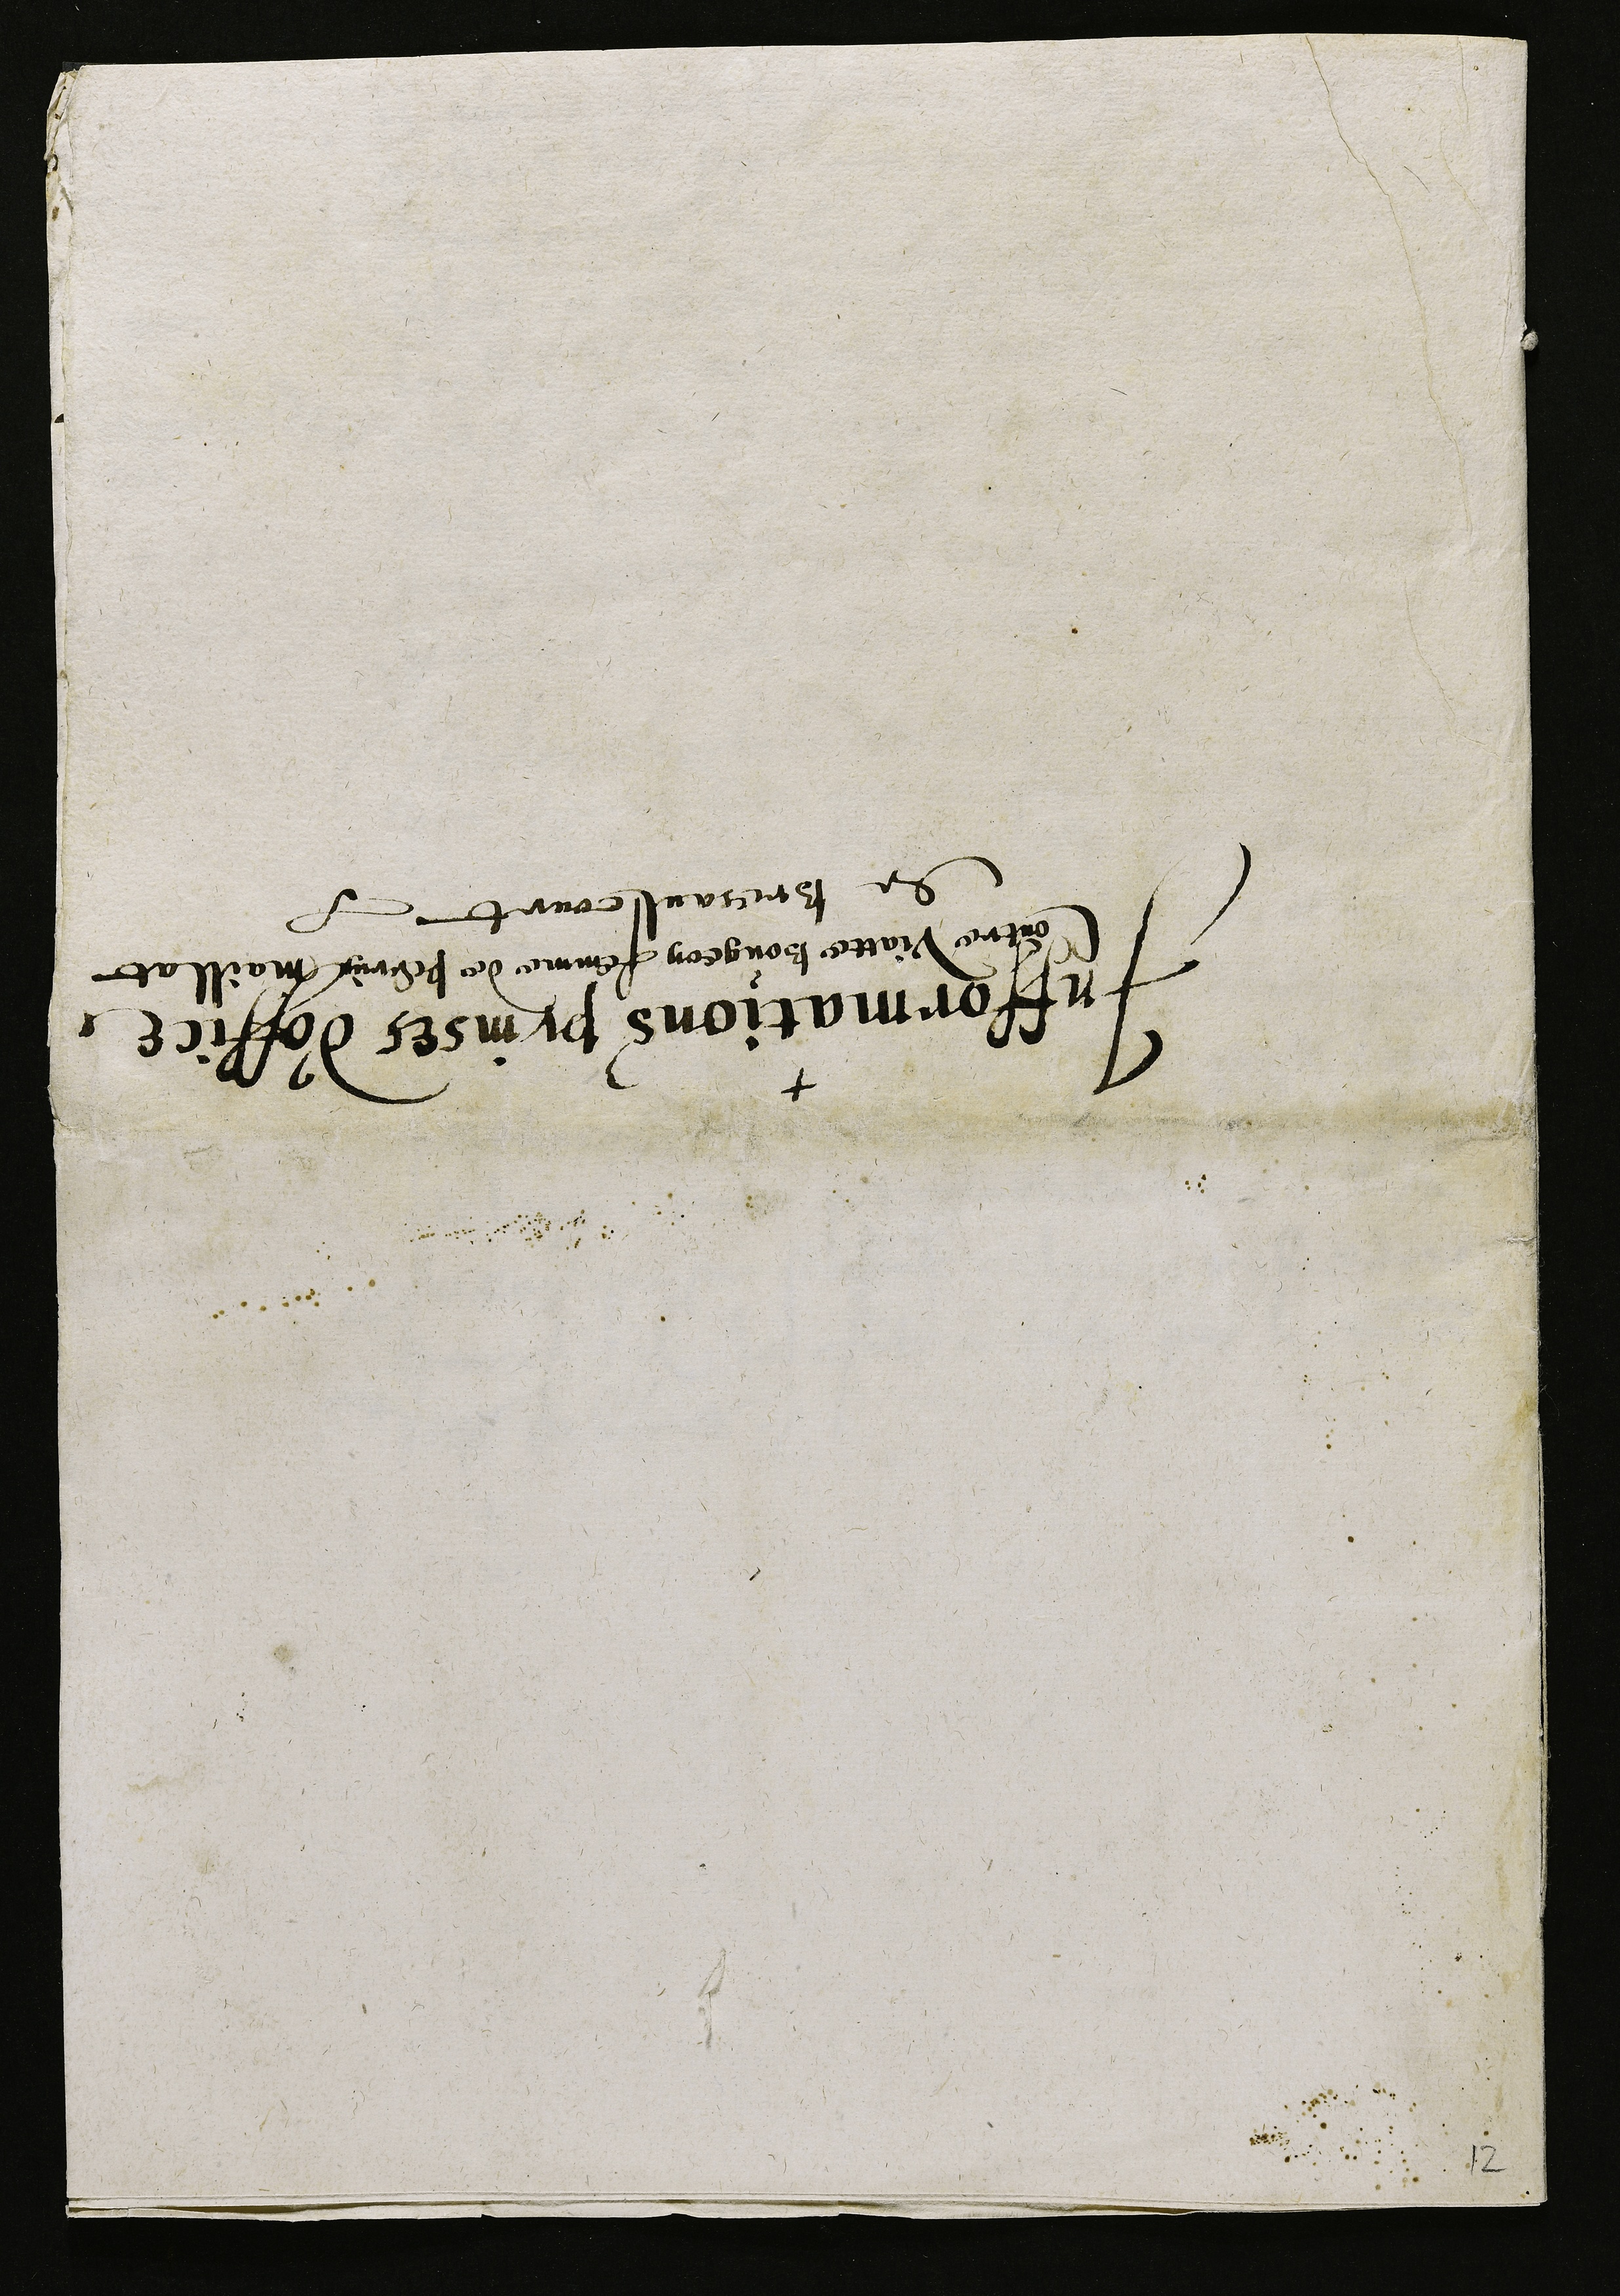
Infformations prinses d'office
Contre Viatte Bougeon femme de Perrin Maillat
de Bresaulcourt.

12